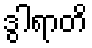
ဒွါရာတိ